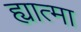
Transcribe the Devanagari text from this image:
ह्यात्मा